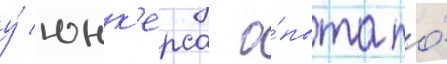
у́ юнк'ерса о́пыта по́